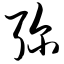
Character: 弥